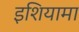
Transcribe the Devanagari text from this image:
इशियामा